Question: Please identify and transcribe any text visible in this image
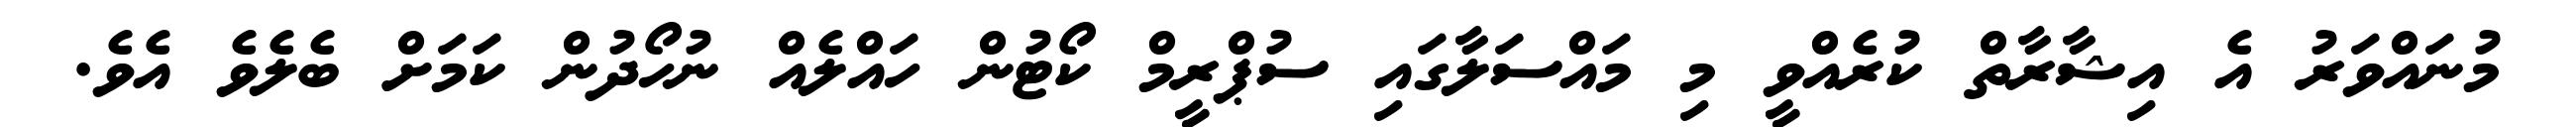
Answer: މުނައްވަރު އެ އިޝާރާތް ކުރެއްވީ މި މައްސަލާގައި ސުޕްރީމް ކޯޓުން ހައްލެއް ނުހޯދުން ކަމަށް ބެލެވެ އެވެ.